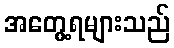
အတွေ့ရများသည်